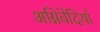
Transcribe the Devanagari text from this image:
अग्निवेदियाँ